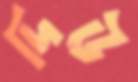
দিউ